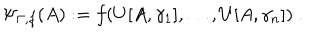
\Psi _ { \Gamma , f } ( A ) : = f ( U [ A , \gamma _ { 1 } ] , \ldots , U [ A , \gamma _ { n } ] ) \; .